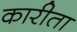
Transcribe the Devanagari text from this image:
कारीता